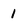
Character: 1